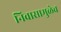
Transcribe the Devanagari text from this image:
निवासामुळेच